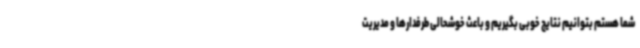
شما هستم بتوانیم نتایج خوبی بگیریم و باعث خوشحالی طرفدارها و مدیریت